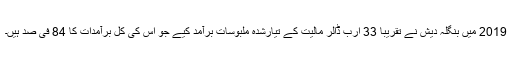
2019 میں بنگلہ دیش نے تقریباً 33 ارب ڈالر مالیت کے تیارشدہ ملبوسات برآمد کیے جو اس کی کل برآمدات کا 84 فی صد ہیں۔